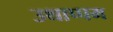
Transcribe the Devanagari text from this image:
उथाप्पम